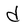
Character: d